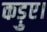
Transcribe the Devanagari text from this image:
कड़ुए।